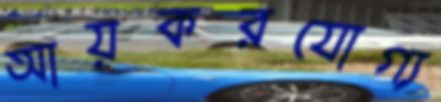
আয়করযোগ্য